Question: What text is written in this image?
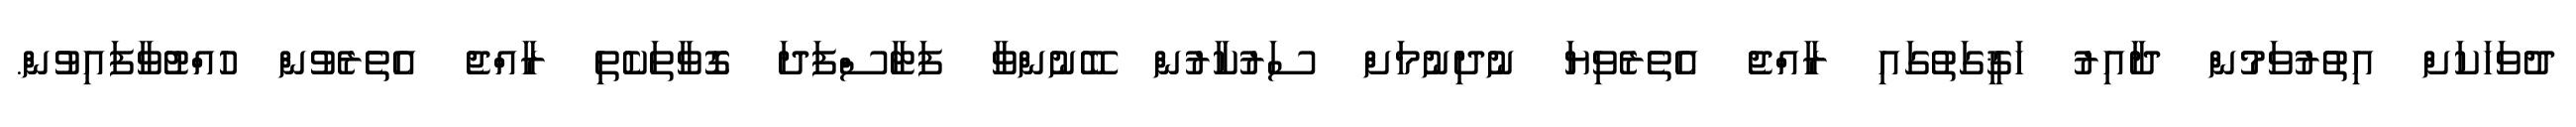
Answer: ދުވަހަކަށް އިތުރުވަމުން ދާއިރު ހަޤީގަތުގައި ރާއްޖެ އެތެރެވިޔަ ނުދިނުމަށް ސަރުކާރުން ބޭނުންވާ ފަޓާސްފަދަ ގޮވާތަކެތި ރާއްޖެ އެތެރެވުން ހުއްޓުވާފައިވުން.